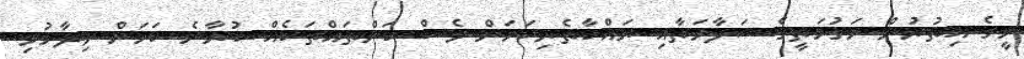
މީގެ އިތުރުން މަގުމަތީގެ ސަލާމަތާއި ރައްކާތެރިކަމަށް ވެސް ކަންތައްތަކެއް ކުރާނެ ކަމަށް ވިދާޅުވި